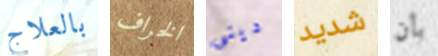
بالعلاج الخراف دينى شديد بأن